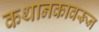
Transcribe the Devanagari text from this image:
कथानकावरून